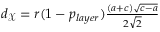
\begin{array} { r } { d _ { \mathcal { X } } = r ( 1 - p _ { l a y e r } ) \frac { ( a + c ) \sqrt { c - a } } { 2 \sqrt { 2 } } } \end{array}